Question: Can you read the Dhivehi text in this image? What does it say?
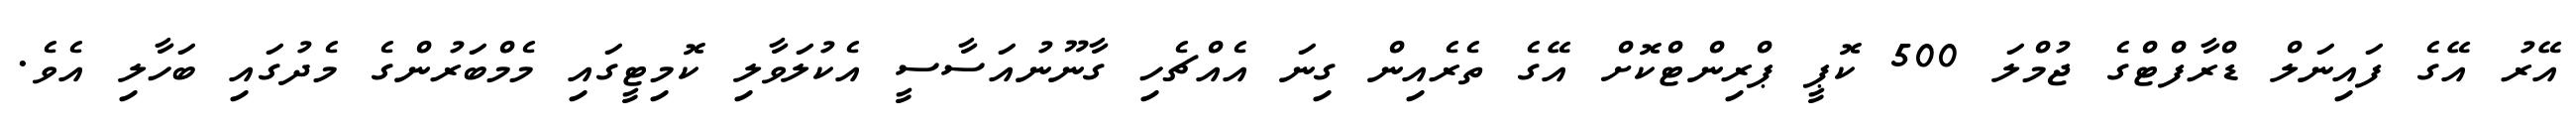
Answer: އޭރު އޭގެ ފައިނަލް ޑްރާފްޓްގެ ޖުމްލަ 500 ކޮޕީ ޕްރިންޓްކޮށް އޭގެ ތެރެއިން ގިނަ އެއްޗެހި ގާނޫނުއަސާސީ އެކުލަވާލި ކޮމިޓީގައި މެމްބަރުންގެ މެދުގައި ބަހާލި އެވެ.